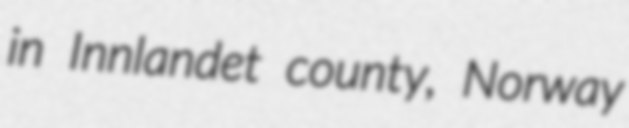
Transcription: in Innlandet county, Norway